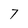
Character: T